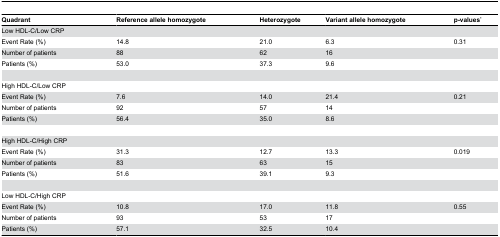
<table><thead><tr><td><b>Quadrant</b></td><td><b>Reference allele homozygote</b></td><td><b>Heterozygote</b></td><td><b>Variant allele homozygote</b></td><td><b>p-values*</b></td></tr></thead><tbody><tr><td>Low HDL-C/Low CRP</td><td></td><td></td><td></td><td></td></tr><tr><td>Event Rate (%)</td><td>14.8</td><td>21.0</td><td>6.3</td><td>0.31</td></tr><tr><td>Number of patients</td><td>88</td><td>62</td><td>16</td><td></td></tr><tr><td>Patients (%)</td><td>53.0</td><td>37.3</td><td>9.6</td><td></td></tr><tr><td>High HDL-C/Low CRP</td><td></td><td></td><td></td><td></td></tr><tr><td>Event Rate (%)</td><td>7.6</td><td>14.0</td><td>21.4</td><td>0.21</td></tr><tr><td>Number of patients</td><td>92</td><td>57</td><td>14</td><td></td></tr><tr><td>Patients (%)</td><td>56.4</td><td>35.0</td><td>8.6</td><td></td></tr><tr><td>High HDL-C/High CRP</td><td></td><td></td><td></td><td></td></tr><tr><td>Event Rate (%)</td><td>31.3</td><td>12.7</td><td>13.3</td><td>0.019</td></tr><tr><td>Number of patients</td><td>83</td><td>63</td><td>15</td><td></td></tr><tr><td>Patients (%)</td><td>51.6</td><td>39.1</td><td>9.3</td><td></td></tr><tr><td>Low HDL-C/High CRP</td><td></td><td></td><td></td><td></td></tr><tr><td>Event Rate (%)</td><td>10.8</td><td>17.0</td><td>11.8</td><td>0.55</td></tr><tr><td>Number of patients</td><td>93</td><td>53</td><td>17</td><td></td></tr><tr><td>Patients (%)</td><td>57.1</td><td>32.5</td><td>10.4</td><td></td></tr></tbody></table>